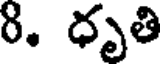
8. ధృతి